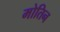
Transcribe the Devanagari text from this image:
मोतिन